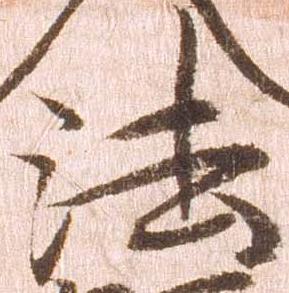
法